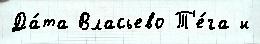
Да́та Власьево Т'е́га и